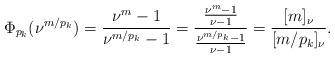
LaTeX: \begin{align*}\Phi_{p_k}(\nu^{m/p_k})=\dfrac{\nu^{m}-1}{\nu^{m/p_k}-1}=\dfrac{\frac{\nu^{m}-1}{\nu-1}}{\frac{\nu^{m/p_k}-1}{\nu-1}}=\dfrac{[m]_\nu}{[m/p_k]_\nu}.\end{align*}